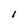
Character: I